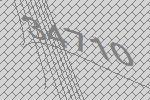
34710